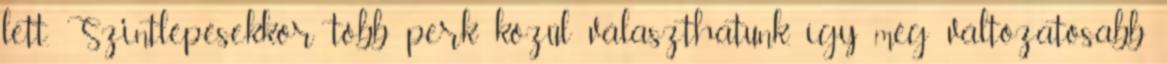
lett. Szintlépésekkor több perk közül választhatunk, így még változatosabb